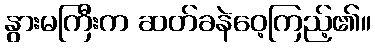
နွားမကြီးက ဆတ်ခနဲဝေ့ကြည့်၏။